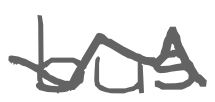
Text: bus
Cross-out: zig-zag
Writing tool: digital_gray